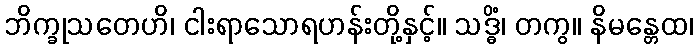
ဘိက္ခုသတေဟိ၊ ငါးရာသောရဟန်းတို့နှင့်။ သဒ္ဓိံ၊ တကွ။ နိမန္တေထ၊